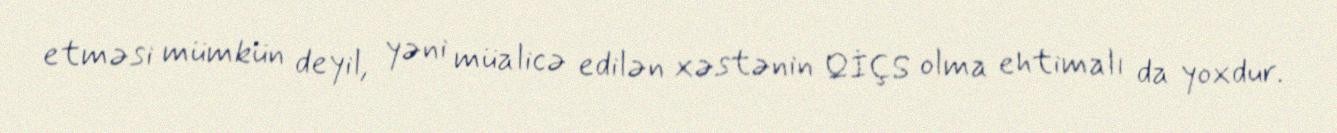
etməsi mümkün deyil, yəni müalicə edilən xəstənin QİÇS olma ehtimalı da yoxdur.